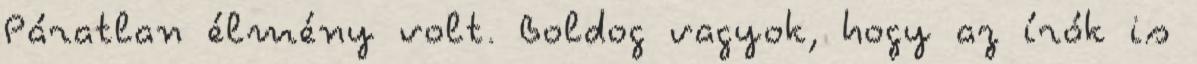
Páratlan élmény volt. Boldog vagyok, hogy az írók is